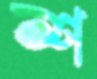
শ